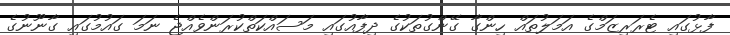
ފާޅުގައި ޓެރަރިޒަމްގެ އަމަލުތައް ހިންގާ ގޭންގުތަކުގެ ދިފާއުގައި މަސައްކަތްކުރަންވެއްޖެ ނަމަ ގައުމުގައި ގާނޫނުގެ